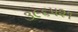
૩૯૬૫૨૧